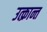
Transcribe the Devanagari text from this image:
उत्क्रान्त